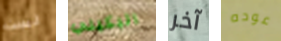
لست البكيني آخر عوده